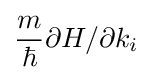
{\frac {m}{\hbar }}\partial H/\partial k_{i}